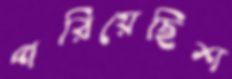
পরিয়েছিশ